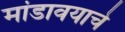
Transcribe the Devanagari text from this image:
मांडावयाचे